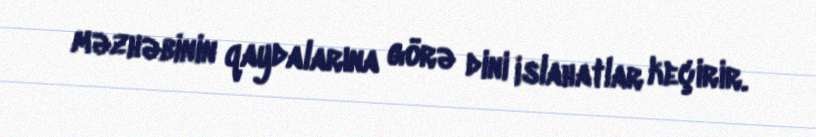
məzhəbinin qaydalarına görə dini islahatlar keçirir.